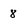
Character: 8